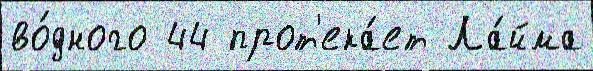
во́дного 44 прот'ека́ет Ла́йма